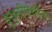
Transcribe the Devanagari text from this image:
सुन्नीपंथीया